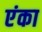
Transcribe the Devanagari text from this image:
एंका